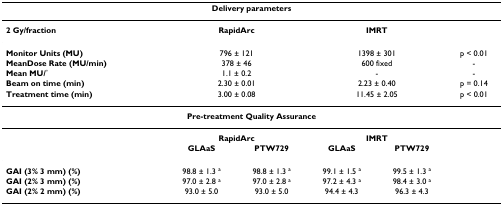
| <COLSPAN=6> Delivery parameters |
 | --- | --- | --- | --- | --- | --- |
 | 2 Gy/fraction | <COLSPAN=2> RapidArc | <COLSPAN=2> IMRT |  |
 | Monitor Units (MU) | <COLSPAN=2> 796 ± 121 | <COLSPAN=2> 1398 ± 301 | p < 0.01 |
 | MeanDose Rate (MU/min) | <COLSPAN=2> 378 ± 46 | <COLSPAN=2> 600 fixed | - |
 | Mean MU/° | <COLSPAN=2> 1.1 ± 0.2 | <COLSPAN=2> - | - |
 | Beam on time (min) | <COLSPAN=2> 2.30 ± 0.01 | <COLSPAN=2> 2.23 ± 0.40 | p = 0.14 |
 | Treatment time (min) | <COLSPAN=2> 3.00 ± 0.08 | <COLSPAN=2> 11.45 ± 2.05 | p < 0.01 |
 | <COLSPAN=6> Pre-treatment Quality Assurance |
 |  | <COLSPAN=2> RapidArc | <COLSPAN=2> IMRT |  |
 |  | GLAaS | PTW729 | GLAaS | PTW729 |  |
 | GAI (3% 3 mm) (%) | 98.8 ± 1.3 a | 98.8 ± 1.3 a | 99.1 ± 1.5 a | 99.5 ± 1.3 a |  |
 | GAI (2% 3 mm) (%) | 97.0 ± 2.8 a | 97.0 ± 2.8 a | 97.2 ± 4.3 a | 98.4 ± 3.0 a |  |
 | GAI (2% 2 mm) (%) | 93.0 ± 5.0 | 93.0 ± 5.0 | 94.4 ± 4.3 | 96.3 ± 4.3 |  |